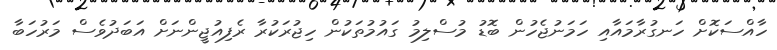
ހާއްސަކޮށް ހަނގުރާމައާއި ހަމަނުޖެހުން ބޮޑު މުސްލިމު ގައުމުތަކުން ހިޖުރަކުރާ ރެފިއުޖީންނަށް އަބަދުވެސް މަރުހަބާ